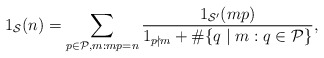
\begin{align*}1_{{\mathcal S}}(n) = \sum_{p \in {\mathcal P}, m: mp = n} \frac{1_{{\mathcal S}'}(mp)}{1_{p \nmid m} + \# \{ q \mid m: q \in {\mathcal P}\}},\end{align*}